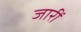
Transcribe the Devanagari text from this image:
जारीं